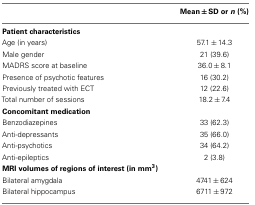
|  | Mean ± SD or n (%) |
 | --- | --- |
 | Patient characteristics |
 | Age (in years) | 57.1 ± 14.3 |
 | Male gender | 21 (39.6) |
 | MADRS score at baseline | 36.0 ± 8.1 |
 | Presence of psychotic features | 16 (30.2) |
 | Previously treated with ECT | 12 (22.6) |
 | Total number of sessions | 18.2 ± 7.4 |
 | Concomitant medication |
 | Benzodiazepines | 33 (62.3) |
 | Anti-depressants | 35 (66.0) |
 | Anti-psychotics | 34 (64.2) |
 | Anti-epileptics | 2 (3.8) |
 | MRI volumes of regions of interest (in mm3) |
 | Bilateral amygdala | 4741 ± 624 |
 | Bilateral hippocampus | 6711 ± 972 |